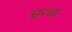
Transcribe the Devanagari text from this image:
चन्था